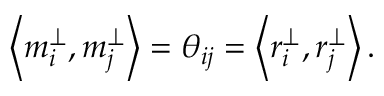
\left< { m _ { i } ^ { \perp } , m _ { j } ^ { \perp } } \right> = \theta _ { i j } = \left< { r _ { i } ^ { \perp } , r _ { j } ^ { \perp } } \right> .